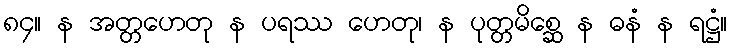
၈၄။ န အတ္တဟေတု န ပရဿ ဟေတု၊ န ပုတ္တမိစ္ဆေ န ဓနံ န ရဋ္ဌံ။